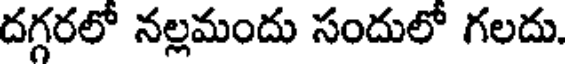
దగ్గరలో నల్లమందు సందులో గలదు.